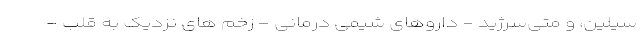
‌سیلین، و متی‌سرژید - داروهای شیمی درمانی - زخم های نزدیک به قلب -